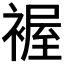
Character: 𧛐